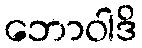
ဘောဝါဒိ